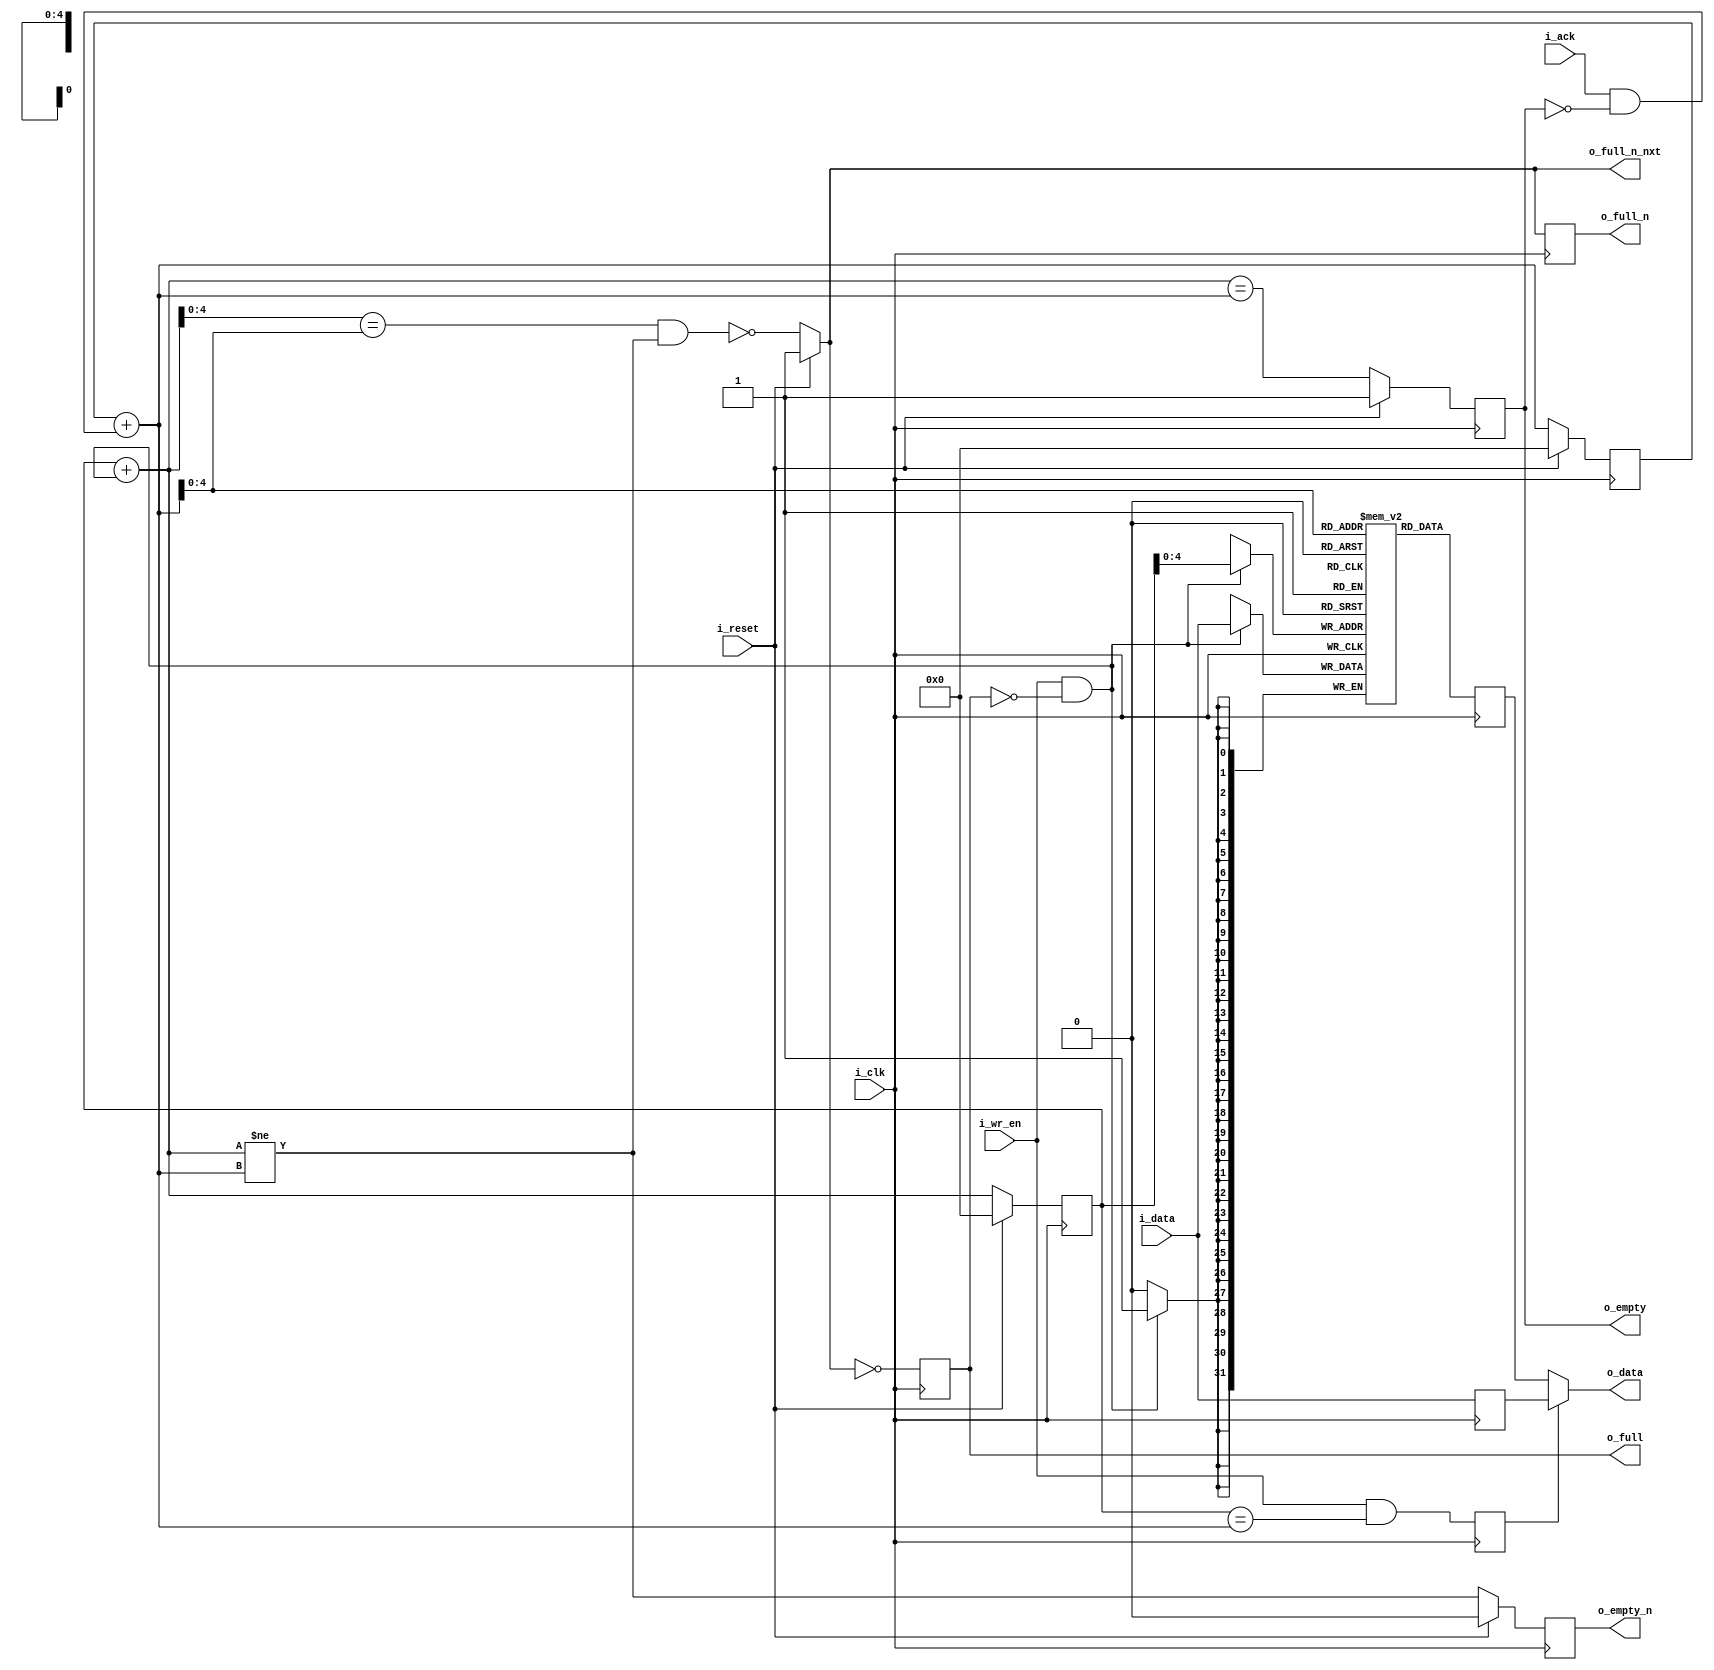
module zap_sync_fifo #(parameter WIDTH = 32, parameter DEPTH = 32, parameter FWFT = 1)
(
        input   wire             i_clk,
        input   wire             i_reset,

        input   wire             i_ack,
        input   wire             i_wr_en,

        input   wire [WIDTH-1:0] i_data,
        output  reg [WIDTH-1:0]  o_data,

        output wire              o_empty,
        output wire              o_full,
        output wire              o_empty_n,
        output wire              o_full_n,
        output wire              o_full_n_nxt
);

// Xilinx ISE does not allow $CLOG2 in localparams.
parameter PTR_WDT = $clog2(DEPTH) + 32'd1;
parameter [PTR_WDT-1:0] DEFAULT = {PTR_WDT{1'd0}}; 

//
// Initialize pointers, empty and full as a part of the FPGA reset.
// All init to *ZERO*.
//
reg [PTR_WDT-1:0] rptr_ff;
reg [PTR_WDT-1:0] rptr_nxt;
reg [PTR_WDT-1:0] wptr_ff;
reg empty, nempty;
reg full, nfull;
reg [PTR_WDT-1:0] wptr_nxt;
reg [WIDTH-1:0] mem [DEPTH-1:0]; // Block RAM.
wire [WIDTH-1:0] dt;
reg [WIDTH-1:0] dt1;

reg sel_ff;
reg [WIDTH-1:0] bram_ff; // Block RAM read register.
reg [WIDTH-1:0] dt_ff;

assign o_empty = empty;
assign o_full  = full;
assign o_empty_n = nempty;
assign o_full_n = nfull;

assign o_full_n_nxt = i_reset ? 1 :
                      !( ( wptr_nxt[PTR_WDT-2:0] == rptr_nxt[PTR_WDT-2:0] ) &&
                       ( wptr_nxt != rptr_nxt ) );


// FIFO write logic.
always @ (posedge i_clk)
        if ( i_wr_en && !o_full )
                mem[wptr_ff[PTR_WDT-2:0]] <= i_data;

generate
begin:gb1
        if ( FWFT == 1 )
        begin:f1
                // Retimed output data compared to normal FIFO.
                always @ (posedge i_clk) 
                begin
                         dt_ff <= i_data;
                        sel_ff <= ( i_wr_en && (wptr_ff == rptr_nxt) );
                       bram_ff <= mem[rptr_nxt[PTR_WDT-2:0]];
                end
        
                // Output signal steering MUX.
                always @*
                begin
                        o_data = sel_ff ? dt_ff : bram_ff;
                end
        end
        else
        begin:f0
                always @ (posedge i_clk)
                begin
                        if ( i_ack && nempty ) // Read request and not empty.
                        begin
                                o_data <= mem [ rptr_ff[PTR_WDT-2:0] ];
                        end
                end
        end
end
endgenerate

// Flip-flop update.
always @ (posedge i_clk)
begin
        dt1     <= i_reset ? 0 : i_data;
        rptr_ff <= i_reset ? 0 : rptr_nxt;
        wptr_ff <= i_reset ? 0 : wptr_nxt;
        empty   <= i_reset ? 1 : ( wptr_nxt == rptr_nxt );
        nempty  <= i_reset ? 0 : ( wptr_nxt != rptr_nxt );
        nfull   <= o_full_n_nxt;
        full    <= !o_full_n_nxt;
end

// Pointer updates.
always @*
begin
        wptr_nxt = wptr_ff + (i_wr_en && !o_full);
        rptr_nxt = rptr_ff + (i_ack && !o_empty);
end

endmodule